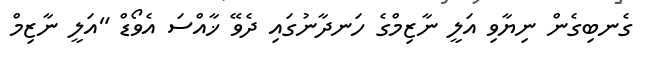
ގެނބިގެން ނިޔާވި އަލީ ނާޒިމްގެ ހަނދާނުގައި ދެވޭ ޚާއްސަ އެވޯޑް "އަލީ ނާޒިމް